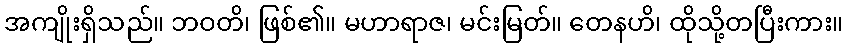
အကျိုးရှိသည်။ ဘဝတိ၊ ဖြစ်၏။ မဟာရာဇ၊ မင်းမြတ်။ တေနဟိ၊ ထိုသို့တပြီးကား။